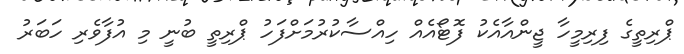
ޕްރިތީގެ ފިރިމީހާ ޖީންއާއެކު ފޮޓޯއެއް ހިއްސާކުރުމަށްފަހު ޕްރިތީ ބުނީ މި އުފާވެރި ހަބަރު